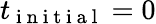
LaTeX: t_{\mathrm{~i~n~i~t~i~a~l~}}=0